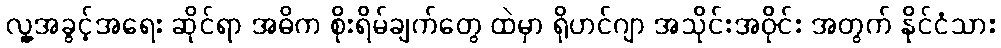
လူ့အခွင့်အရေး ဆိုင်ရာ အဓိက စိုးရိမ်ချက်တွေ ထဲမှာ ရိုဟင်ဂျာ အသိုင်းအဝိုင်း အတွက် နိုင်ငံသား